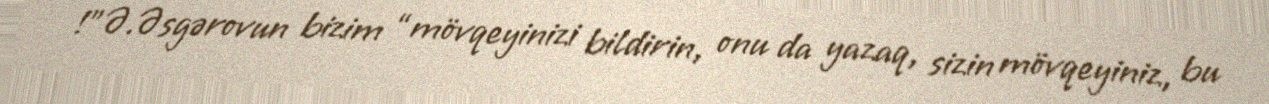
!”Ə.Əsgərovun bizim “mövqeyinizi bildirin, onu da yazaq, sizin mövqeyiniz, bu